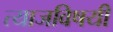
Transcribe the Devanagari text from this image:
त्याजविषयीं